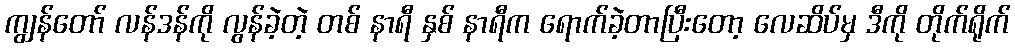
ကျွန်တော် လန်ဒန်ကို လွန်ခဲ့တဲ့ တစ် နာရီ နှစ် နာရီက ရောက်ခဲ့တာပြီးတော့ လေဆိပ်မှ ဒီကို တိုက်ရိုက်